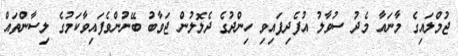
ޖުމްލައިގެ މާނައާ މެދު ސުވާލު އުފެދިފައިވި ހިންދުގެ ދެލޮލުން ޖަވާބު ބޭނުންވެފައިވާކަމުގެ ލިސާންތައް